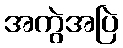
အကွဲအပြဲ